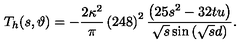
T _ { h } ( s , \vartheta ) = - \frac { 2 \kappa ^ { 2 } } { \pi } \left( 2 4 8 \right) ^ { 2 } \frac { \left( 2 5 s ^ { 2 } - 3 2 t u \right) } { \sqrt { s } \sin \left( \sqrt { s } d \right) } .